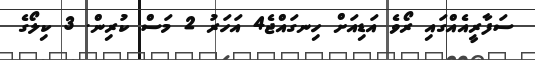
ސަފާރީއެއްގައި ރޯވެ އަޑިއަށް ހިނގައްޖެ4 އަހަރު 2 މަސް ކުރިން. 3 ކިލޯގެ